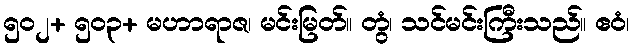
၅၀၂+ ၅၀၃+ မဟာရာဇ၊ မင်းမြတ်။ တွံ၊ သင်မင်းကြီးသည်။ ဧဝံ၊